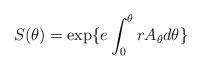
LaTeX: \begin{align*}S(\theta) = \exp\{e\int^\theta_0 rA_\theta d\theta \}\end{align*}